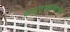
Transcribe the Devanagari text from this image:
वायुसुरक्षाकवच